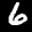
Label: 6